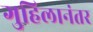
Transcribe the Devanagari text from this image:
गुहिलानंतर